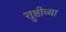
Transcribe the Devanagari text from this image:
श्रुष्टीच्या